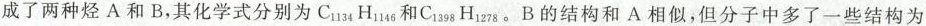
成了两种烃A和B，其化学式分别为C_{1134}H_{1146}和C_{1398}H_{1278}。B的结构和A相似，但分子中多了一些结构为